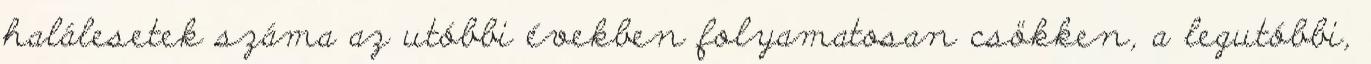
halálesetek száma az utóbbi években folyamatosan csökken, a legutóbbi,